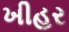
ખીહર